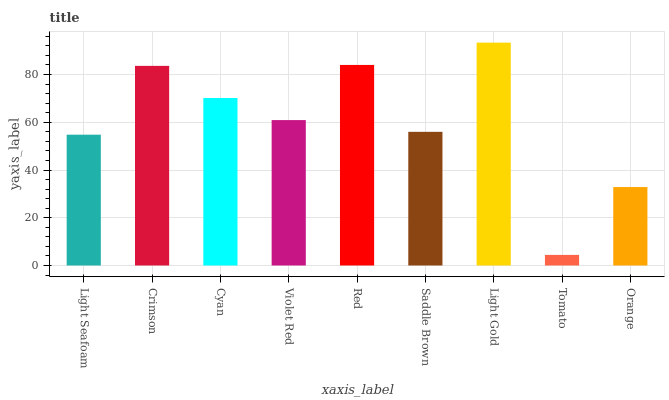
| xaxis_label | bars |
 | --- | --- |
 | Light Seafoam | 54.8 |
 | Crimson | 83.6 |
 | Cyan | 70.2 |
 | Violet Red | 60.9 |
 | Red | 84 |
 | Saddle Brown | 56 |
 | Light Gold | 93.4 |
 | Tomato | 4.44 |
 | Orange | 32.9 |